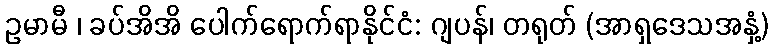
ဥမာမီ ၊ ခပ်အိအိ ပေါက်ရောက်ရာနိုင်ငံ: ဂျပန်၊ တရုတ် (အာရှဒေသအနှံ့)